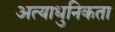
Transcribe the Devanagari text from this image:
अत्याधुनिकता